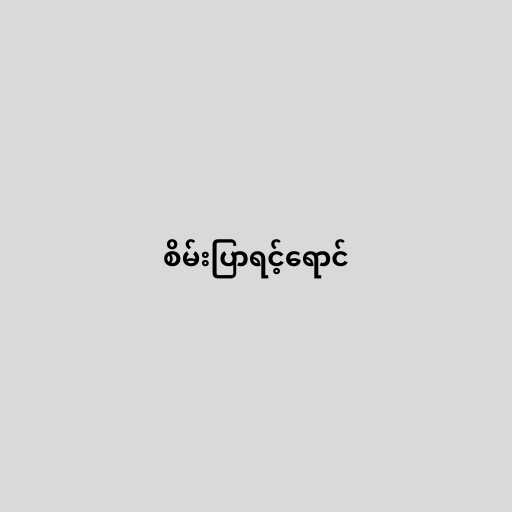
စိမ်းပြာရင့်ရောင်